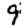
Digit: 9